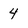
Character: 4